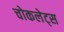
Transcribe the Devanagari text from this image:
चोकलेट्स